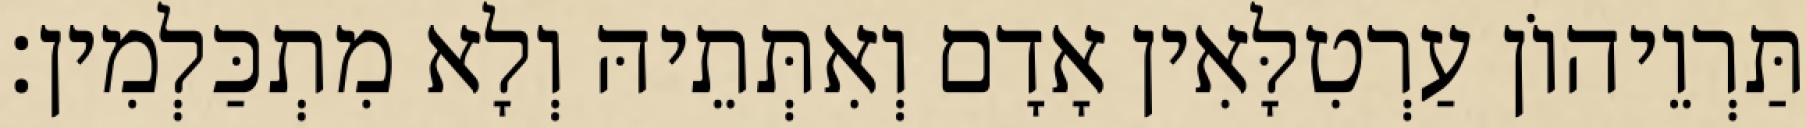
תַּרְוֵיהוֹן עַרְטִלָּאִין אָדָם וְאִתְּתֵיהּ וְלָא מִתְכַּלְמִין׃